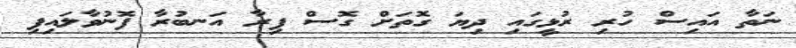
ނަތާ އައިސް ހުރި ރުޅީގައި ދިޔަ ގޮތަށް ގޮސް ފިރާ އަނބުރާ ފޮނުވާލައިފި